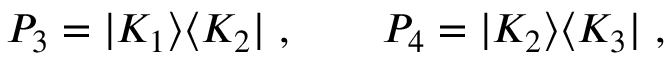
P _ { 3 } = | K _ { 1 } \rangle \langle K _ { 2 } | \ , \qquad P _ { 4 } = | K _ { 2 } \rangle \langle K _ { 3 } | \ ,